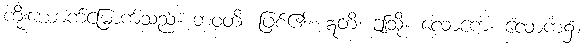
ကိုးယောက်မြောက်သည်။ ဘဝတိ၊ ဖြစ်၏။ ဣတိ၊ ဤသို့။ လောကေ၊ လောက၌။